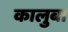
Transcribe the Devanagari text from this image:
कालुबा